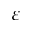
\varepsilon